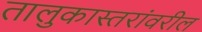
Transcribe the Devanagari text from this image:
तालुकास्तरांवरील